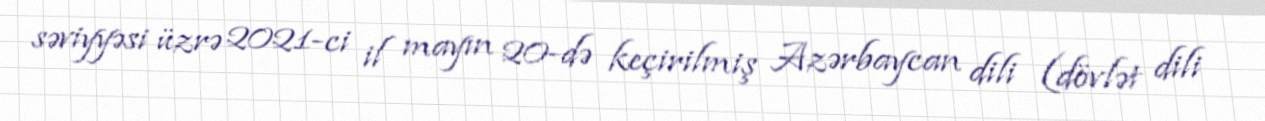
səviyyəsi üzrə 2021-ci il mayın 20-də keçirilmiş Azərbaycan dili (dövlət dili